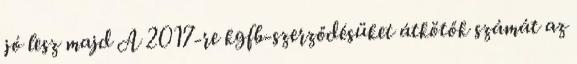
jó lesz majd A 2017-re kgfb-szerződésüket átkötők számát az